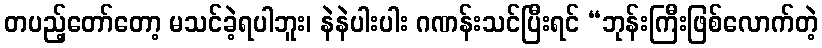
တပည့်တော်တော့ မသင်ခဲ့ရပါဘူး၊ နဲနဲပါးပါး ဂဏန်းသင်ပြီးရင် “ဘုန်းကြီးဖြစ်လောက်တဲ့